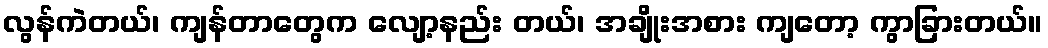
လွန်ကဲတယ်၊ ကျန်တာတွေက လျော့နည်း တယ်၊ အချိုးအစား ကျတော့ ကွာခြားတယ်။